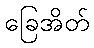
ခြေအိတ်